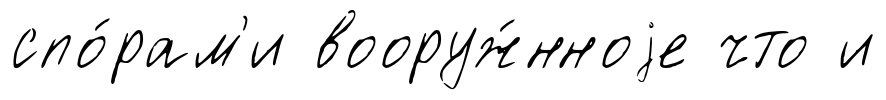
спо́рам'и вооруж́нноjе что и